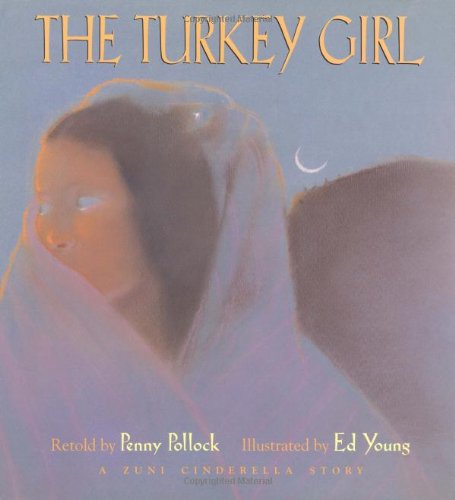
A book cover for The Turkey Girl: A Zuni Cinderella Story; Penny Pollock; Children's Books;